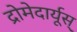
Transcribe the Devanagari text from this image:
द्रोमेदार्यूस्